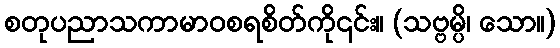
စတုပညာသကာမာဝစရစိတ်ကို၎င်း။ (သဗ္ဗမ္ပိ၊ သော။)